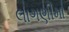
લાગણીમા